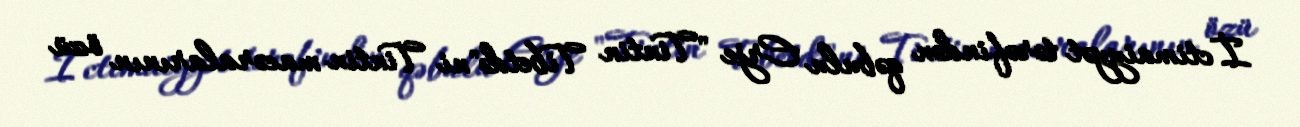
İctimaiyyət tərəfindən qəbulu Erje "Tintin Tibetdə"ni Tintin macəralarının özü